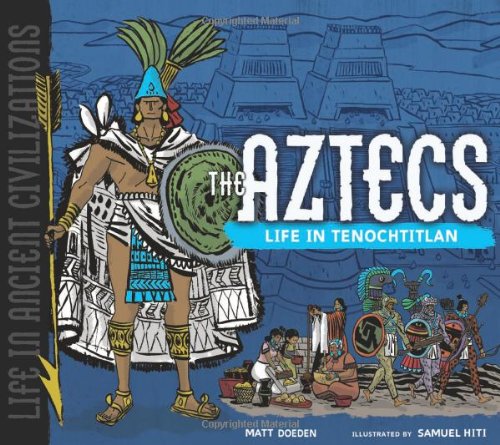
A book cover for The Aztecs: Life in Tenochtitlan (Life in Ancient Civilizations); Matt Doeden; History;